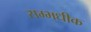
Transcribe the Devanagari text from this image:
सम्भधीक